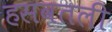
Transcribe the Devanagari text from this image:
हसवतली